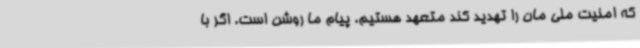
که امنیت ملی مان را تهدید کند متعهد هستیم. پیام ما روشن است. اگر با